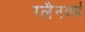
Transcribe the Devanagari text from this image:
ग्लैनवर्थ